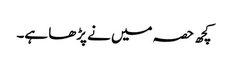
کچھ حصہ میں نے پڑھا ہے۔